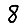
Digit: 8